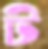
ট